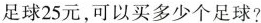
足球25元，可以买多少个足球?